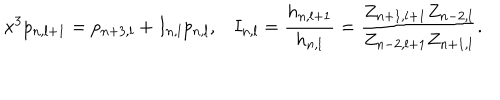
LaTeX: x ^ { 3 } p _ { n , l + 1 } = p _ { n + 3 , l } + I _ { n , l } p _ { n , l } , I _ { n , l } = \frac { h _ { n , l + 1 } } { h _ { n , l } } = \frac { Z _ { n + 1 , l + 1 } Z _ { n - 2 , l } } { Z _ { n - 2 , l + 1 } Z _ { n + 1 , l } } .